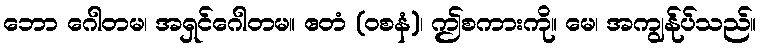
ဘော ဂေါတမ၊ အရှင်ဂေါတမ။ ဧတံ (ဝစနံ)၊ ဤစကားကို။ မေ၊ အကျွန်ုပ်သည်။